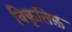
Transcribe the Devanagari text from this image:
विकृतिफ़